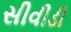
સીવીડી